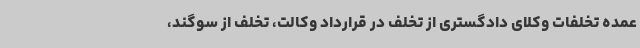
عمده تخلفات وکلای دادگستری از تخلف در قرارداد وکالت، تخلف از سوگند،